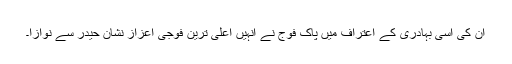
ان کی اسی بہادری کے اعتراف میں پاک فوج نے انہیں اعلیٰ ترین فوجی اعزاز نشان حیدر سے نوازا۔